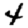
Digit: 4